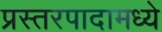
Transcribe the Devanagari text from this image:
प्रस्तरपादामध्ये